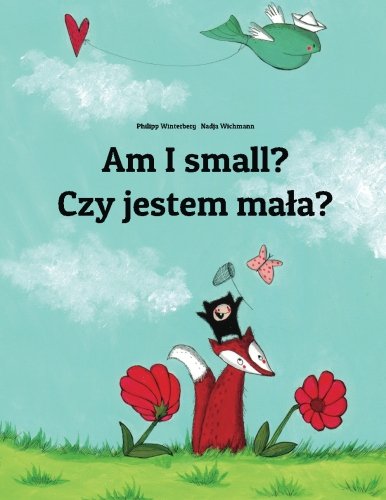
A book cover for Am I small? Czy jestem mala?: Children's Picture Book English-Polish (Bilingual Edition); Philipp Winterberg; Children's Books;